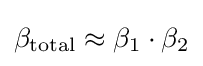
\beta _{\mathrm {total} }\approx \beta _{1}\cdot \beta _{2}